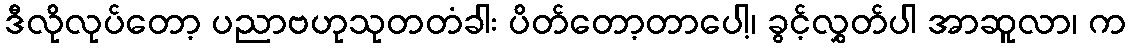
ဒီလိုလုပ်တော့ ပညာဗဟုသုတတံခါး ပိတ်တော့တာပေါ့၊ ခွင့်လွှတ်ပါ အာဆူလာ၊ က